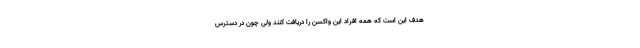
هدف این است که همه افراد این واکسن را دریافت کنند ولی چون در دسترس